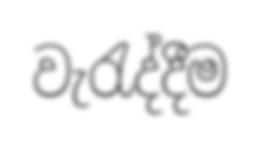
වැරැද්දීම